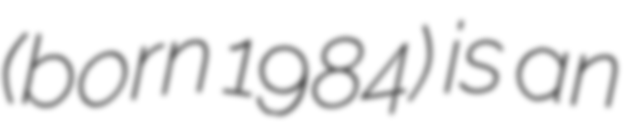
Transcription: (born 1984) is an